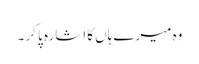
وہ میرے ہاں کا اشارہ پا کر ۔